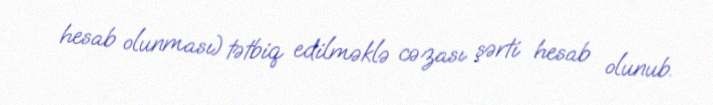
hesab olunması) tətbiq edilməklə cəzası şərti hesab olunub.